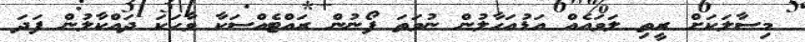
މިސާލަކަށް ރީތި ލަވައެއް އަޑުއަހާލުން ނުވަތަ ފޯނުން ރައްޓެއްސަކާ ވާހަކަ ދައްކާލުން ފަދަ